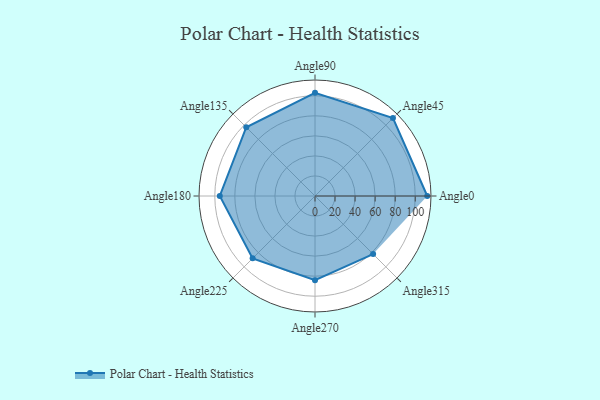
{"axis": {"x": "Angle", "y": "Radius"}, "legend": [""], "data": [{"x": "Angle0", "y": 112.0, "type": ""}, {"x": "Angle45", "y": 110.0, "type": ""}, {"x": "Angle90", "y": 103.0, "type": ""}, {"x": "Angle135", "y": 97.0, "type": ""}, {"x": "Angle180", "y": 95.0, "type": ""}, {"x": "Angle225", "y": 88.0, "type": ""}, {"x": "Angle270", "y": 84.0, "type": ""}, {"x": "Angle315", "y": 82.0, "type": ""}]}